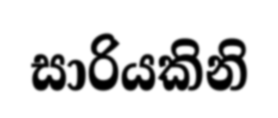
සාරියකිනි